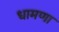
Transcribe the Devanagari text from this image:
धामणा